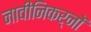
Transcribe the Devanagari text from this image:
नावीनिकर्नों